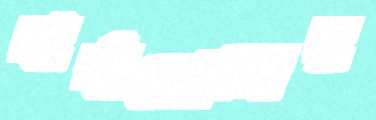
বার্বাডোজের